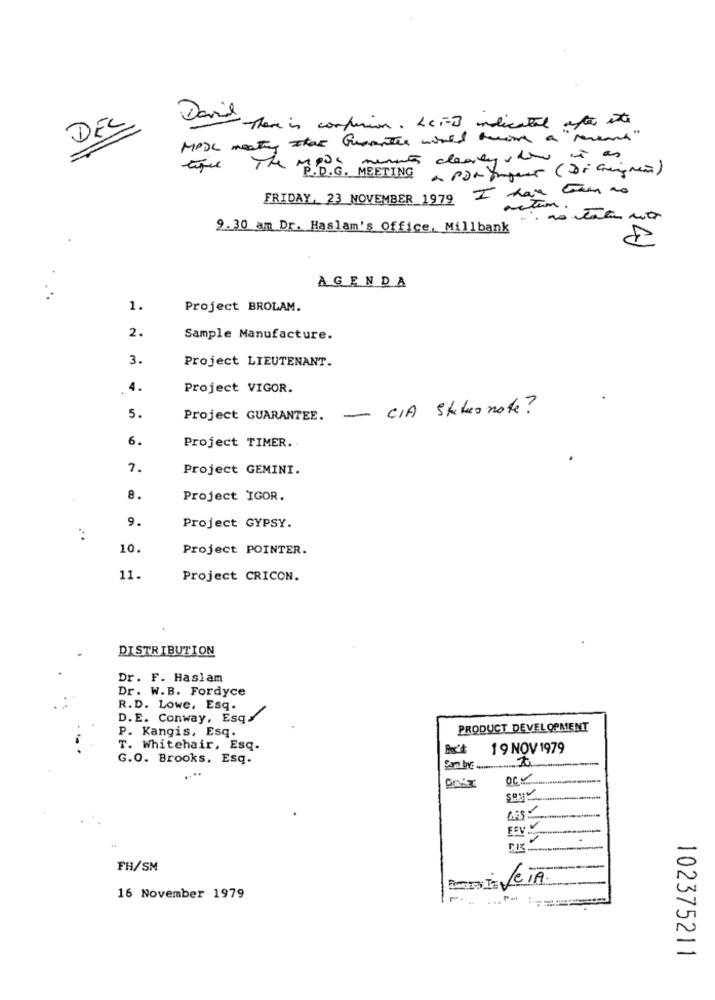
DEL
David there is confusion. LCF-] indicated after its
MASC meeting stas Guarantee would become a "Mereand"
tique The MODS minutes clearly show
a portiques (Di augmen)
FRIDAY, 23 NOVEMBER 1979 I har tam no
actum .
9.30 am Dr. Haslam's Office, Millbank
8
AGENDA
1.
Project BROLAM.
2.
Sample Manufacture.
3.
Project LIEUTENANT.
4.
Project VIGOR.
- CIA Statonote?
5.
Project GUARANTEE.
6.
Project TIMER.
7.
Project GEMINI.
8.
Project IGOR.
9.
Project GYPSY.
10.
Project POINTER.
11.
Project CRICON.
DISTRIBUTION
Dr. F. Haslam
Dr. W.B. Fordyce
R.D. Lowe, Esq.
D.E. Conway, Esq/
P. Kangis, Esq.
PRODUCT DEVELOPMENT
T. Whitehair, Esq.
19 NOV 1979
G.O. Brooks, Esq.
CIK
FH/SM
16 November 1979
102375211